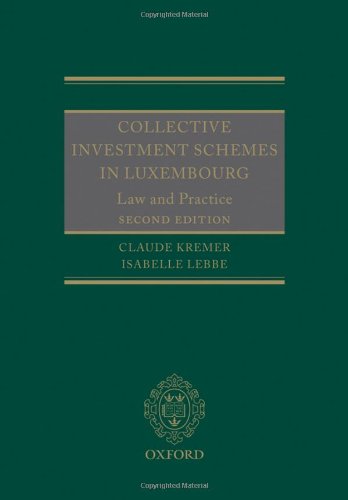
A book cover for Collective Investment Schemes in Luxembourg: Law and Practice; Claude Kremer; Law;